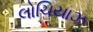
લોચિયાઝ